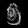
Digit: ၅